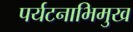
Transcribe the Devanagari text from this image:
पर्यटनाभिमुख